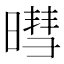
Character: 暳